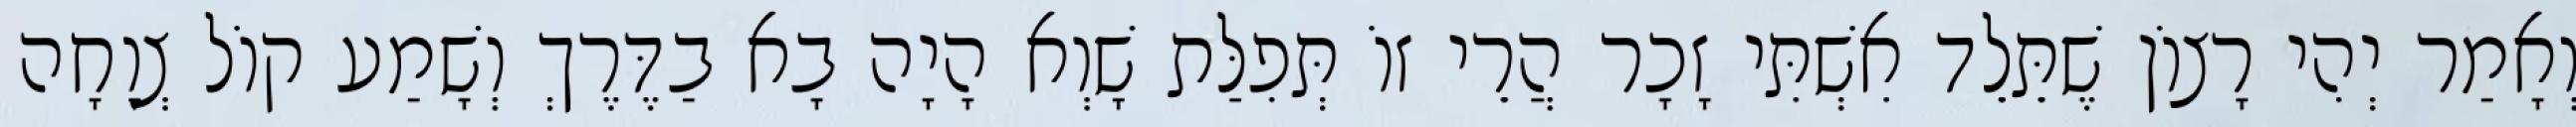
וְאָמַר יְהִי רָצוֹן שֶׁתֵּלֵד אִשְׁתִּי זָכָר הֲרֵי זוֹ תְּפִלַּת שָׁוְא הָיָה בָא בַדֶּרֶךְ וְשָׁמַע קוֹל צְוָחָה